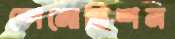
স্পেনোভিশন